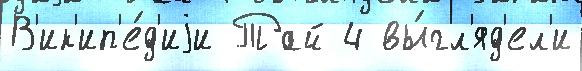
В'ик'ип'е́д'иjи Тай 4 вы́гл'яд'ел'и